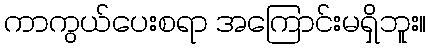
ကာကွယ်ပေးစရာ အကြောင်းမရှိဘူး။